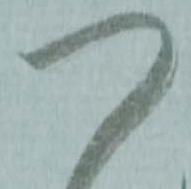
つ